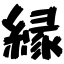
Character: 縁